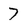
Character: 7